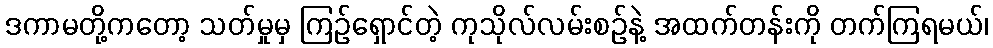
ဒကာမတို့ကတော့ သတ်မှုမှ ကြဉ်ရှောင်တဲ့ ကုသိုလ်လမ်းစဉ်နဲ့ အထက်တန်းကို တက်ကြရမယ်၊